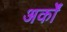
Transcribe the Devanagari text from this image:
अर्कों